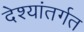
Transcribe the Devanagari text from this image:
देश्यांतर्गत